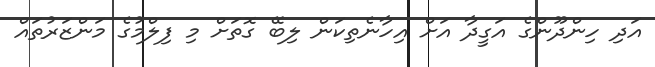
އަދި ހިންދޫންގެ އަގީދާ އަށް އިހާނެތިކަން ލިބޭ ގޮތަށް މި ފިލްމުގެ މަންޒަރުތައް